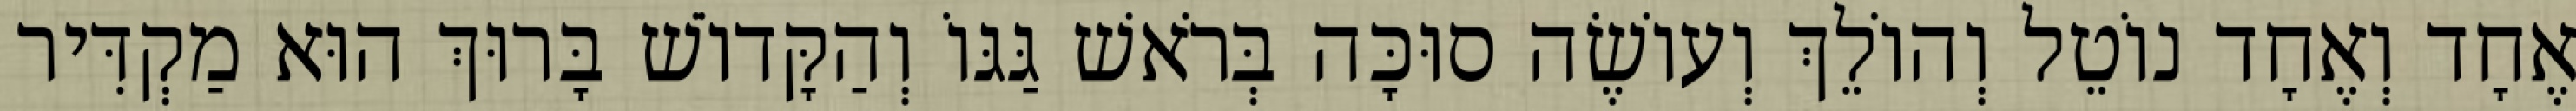
אֶחָד וְאֶחָד נוֹטֵל וְהוֹלֵךְ וְעוֹשֶׂה סוּכָּה בְּרֹאשׁ גַּגּוֹ וְהַקָּדוֹשׁ בָּרוּךְ הוּא מַקְדִּיר